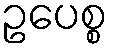
ဥပေစ္စ